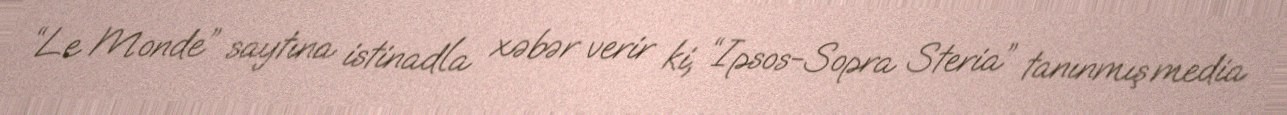
“Le Monde” saytına istinadla xəbər verir ki, “Ipsos-Sopra Steria” tanınmış media